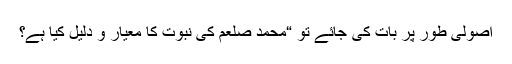
اصولی طور پر بات کی جائے تو “محمد صلعم کی نبوت کا معیار و دلیل کیا ہے؟